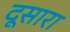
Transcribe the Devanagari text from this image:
दूसारा